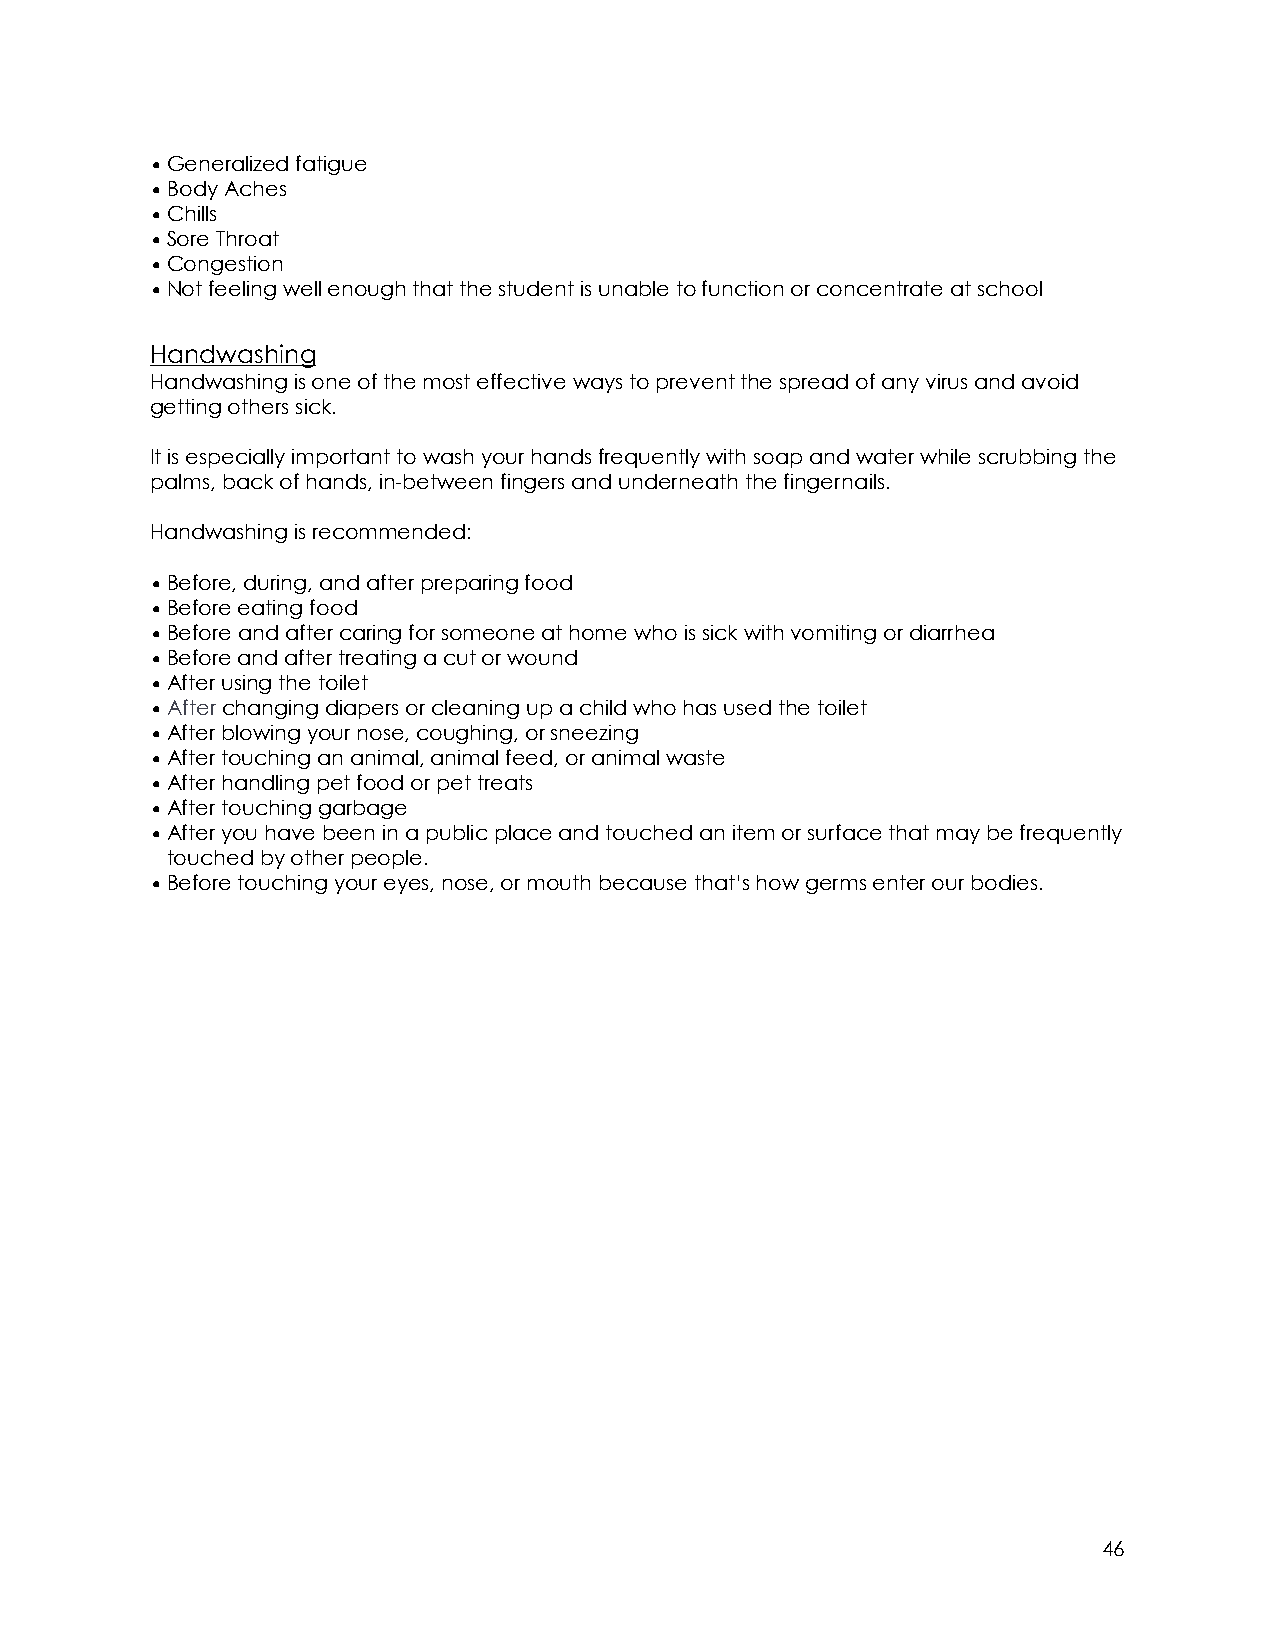
•Generalized fatigue
 •Body Aches
 •Chills
 •Sore Throat
 •Congestion
 •Not feeling well enough that the student is unable to function or concentrate at school
 Handwashing
 Handwashing is one of the most effective ways to prevent the spread of any virus and avoid
 getting others sick.
 It is especially important to wash your hands frequently with soap and water while scrubbing the
 palms, back of hands, in-between fingers and underneath the fingernails.
 Handwashing is recommended:
 •Before, during, and after preparing food
 •Before eating food
 •Before and after caring for someone at home who is sick with vomiting or diarrhea
 •Before and after treating a cut or wound
 •After using the toilet
 •After changing diapers or cleaning up a child who has used the toilet
 •After blowing your nose, coughing, or sneezing
 •After touching an animal, animal feed, or animal waste
 •After handling pet food or pet treats
 •After touching garbage
 •After you have been in a public place and touched an item or surface that may be frequently
 touched by other people.
 •Before touching your eyes, nose, or mouth because that’s how germs enter our bodies.
 46